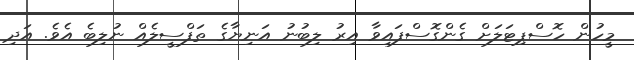
މީހުން ހޮސްޕިޓަލަށް ގެންގޮސްފައިވާ އިރު ލިބުނު އަނިޔާގެ ތަފްސީލެއް ނުލިބެ އެވެ. އަދި